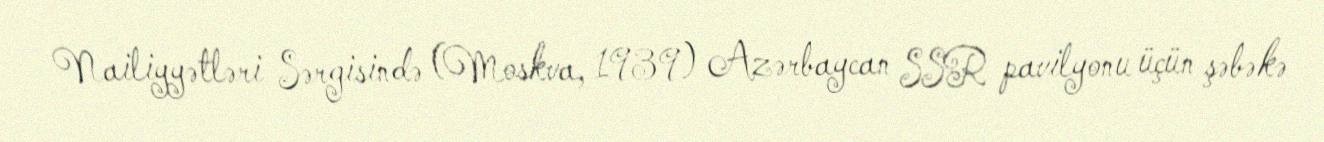
Nailiyyətləri Sərgisində (Moskva, 1939) Azərbaycan SSR pavilyonu üçün şəbəkə